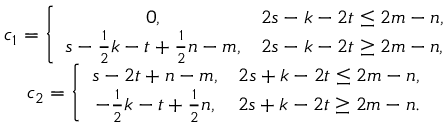
\begin{array} { c } { c _ { 1 } = \left\{ \begin{array} { c c } { 0 , } & { 2 s - k - 2 t \le 2 m - n , } \\ { s - \frac { 1 } { 2 } k - t + \frac { 1 } { 2 } n - m , } & { 2 s - k - 2 t \ge 2 m - n , } \end{array} \right. } \\ { c _ { 2 } = \left\{ \begin{array} { c c } { s - 2 t + n - m , } & { 2 s + k - 2 t \le 2 m - n , } \\ { - \frac { 1 } { 2 } k - t + \frac { 1 } { 2 } n , } & { 2 s + k - 2 t \ge 2 m - n . } \end{array} \right. } \end{array}